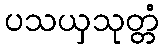
ပသယှသုတ္တံ